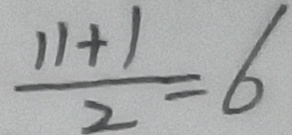
\frac { 1 1 + 1 } { 2 } = 6